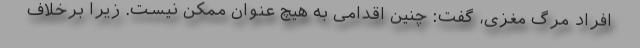
افراد مرگ مغزی، گفت: چنین اقدامی به هیچ عنوان ممکن نیست. زیرا برخلاف